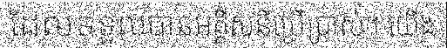
ដែលទទួលបានអគ្គីសនីប្រើប្រាស់។ យើង